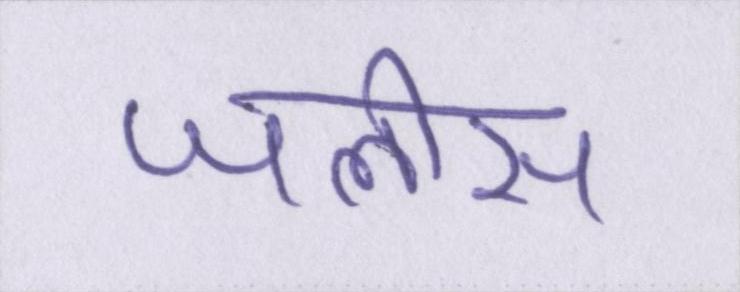
जलीस